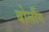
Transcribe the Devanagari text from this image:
बोर्लौग